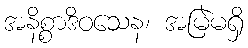
အနိစ္စာဒိဝသေန၊ အမြဲမရှိ